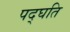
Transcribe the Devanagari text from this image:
पद्घति